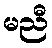
မညီ